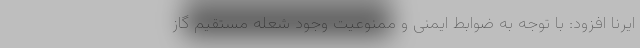
ایرنا افزود: با توجه به ضوابط ایمنی و ممنوعیت وجود شعله مستقیم گاز